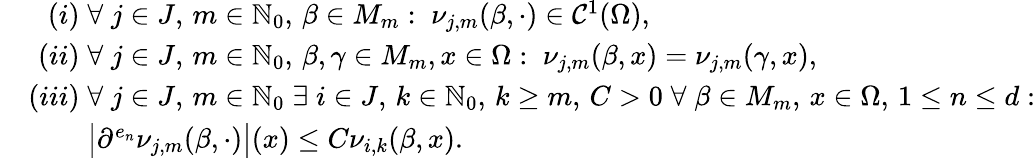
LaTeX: \begin{array}{rl}&{\phantom{ii}(i)\; \forall\; j\in J,\, m\in\mathbb{N}_{0},\, \beta\in M_{m}:\; \nu_{j,m}(\beta,\cdot)\in\mathcal{C}^{1}(\Omega),}\\ &{\phantom{i}(ii)\; \forall\; j\in J,\, m\in\mathbb{N}_{0},\, \beta,\gamma\in M_{m},x\in\Omega:\; \nu_{j,m}(\beta,x)=\nu_{j,m}(\gamma,x),}\\ &{(iii)\; \forall\; j\in J,\, m\in\mathbb{N}_{0}\; \exists\; i\in J,\, k\in\mathbb{N}_{0},\, k\geq m,\, C>0\; \forall\; \beta\in M_{m},\, x\in\Omega,\, 1\leq n\leq d:}\\ &{\phantom{(iii)\; }\bigl|\partial^{e_{n}}\nu_{j,m}(\beta,\cdot)\bigr|(x)\leq C\nu_{i,k}(\beta,x).}\end{array}